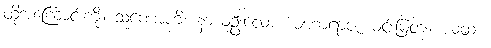
ထိုအကြောင်းကို။ သုဏောဟိ၊ နာယူဦးလော။ မဟာရာဇ၊ မင်းမြတ်။ ယထာ၊